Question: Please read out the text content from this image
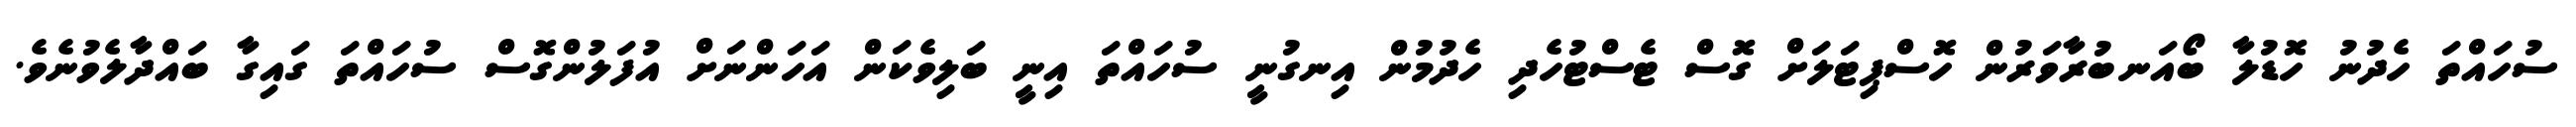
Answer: ސުހައްތަ ހެދުނު ހޮޑުލާ ބޯއަނބުރާވަރުން ހޮސްޕިޓަލަށް ގޮސް ޓެސްޓުހެދި ހެދުމުން އިނގުނީ ސުހައްތަ އިނީ ބަލިވެކަން އަހަންނަށް އުފަލުންގޮސް ސުހައްތަ ގައިގާ ބައްދާލެވުނެވެ.